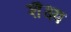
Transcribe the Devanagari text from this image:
शैक्ष्य